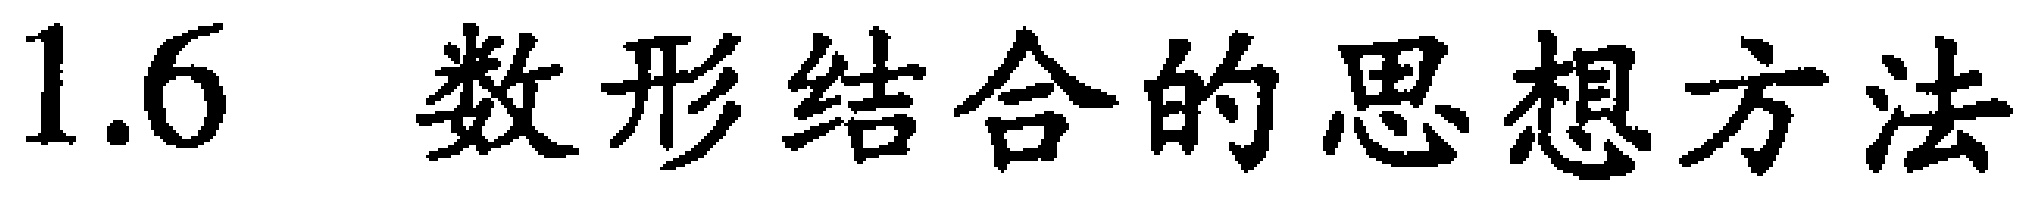
1.6  数形结合的思想方法